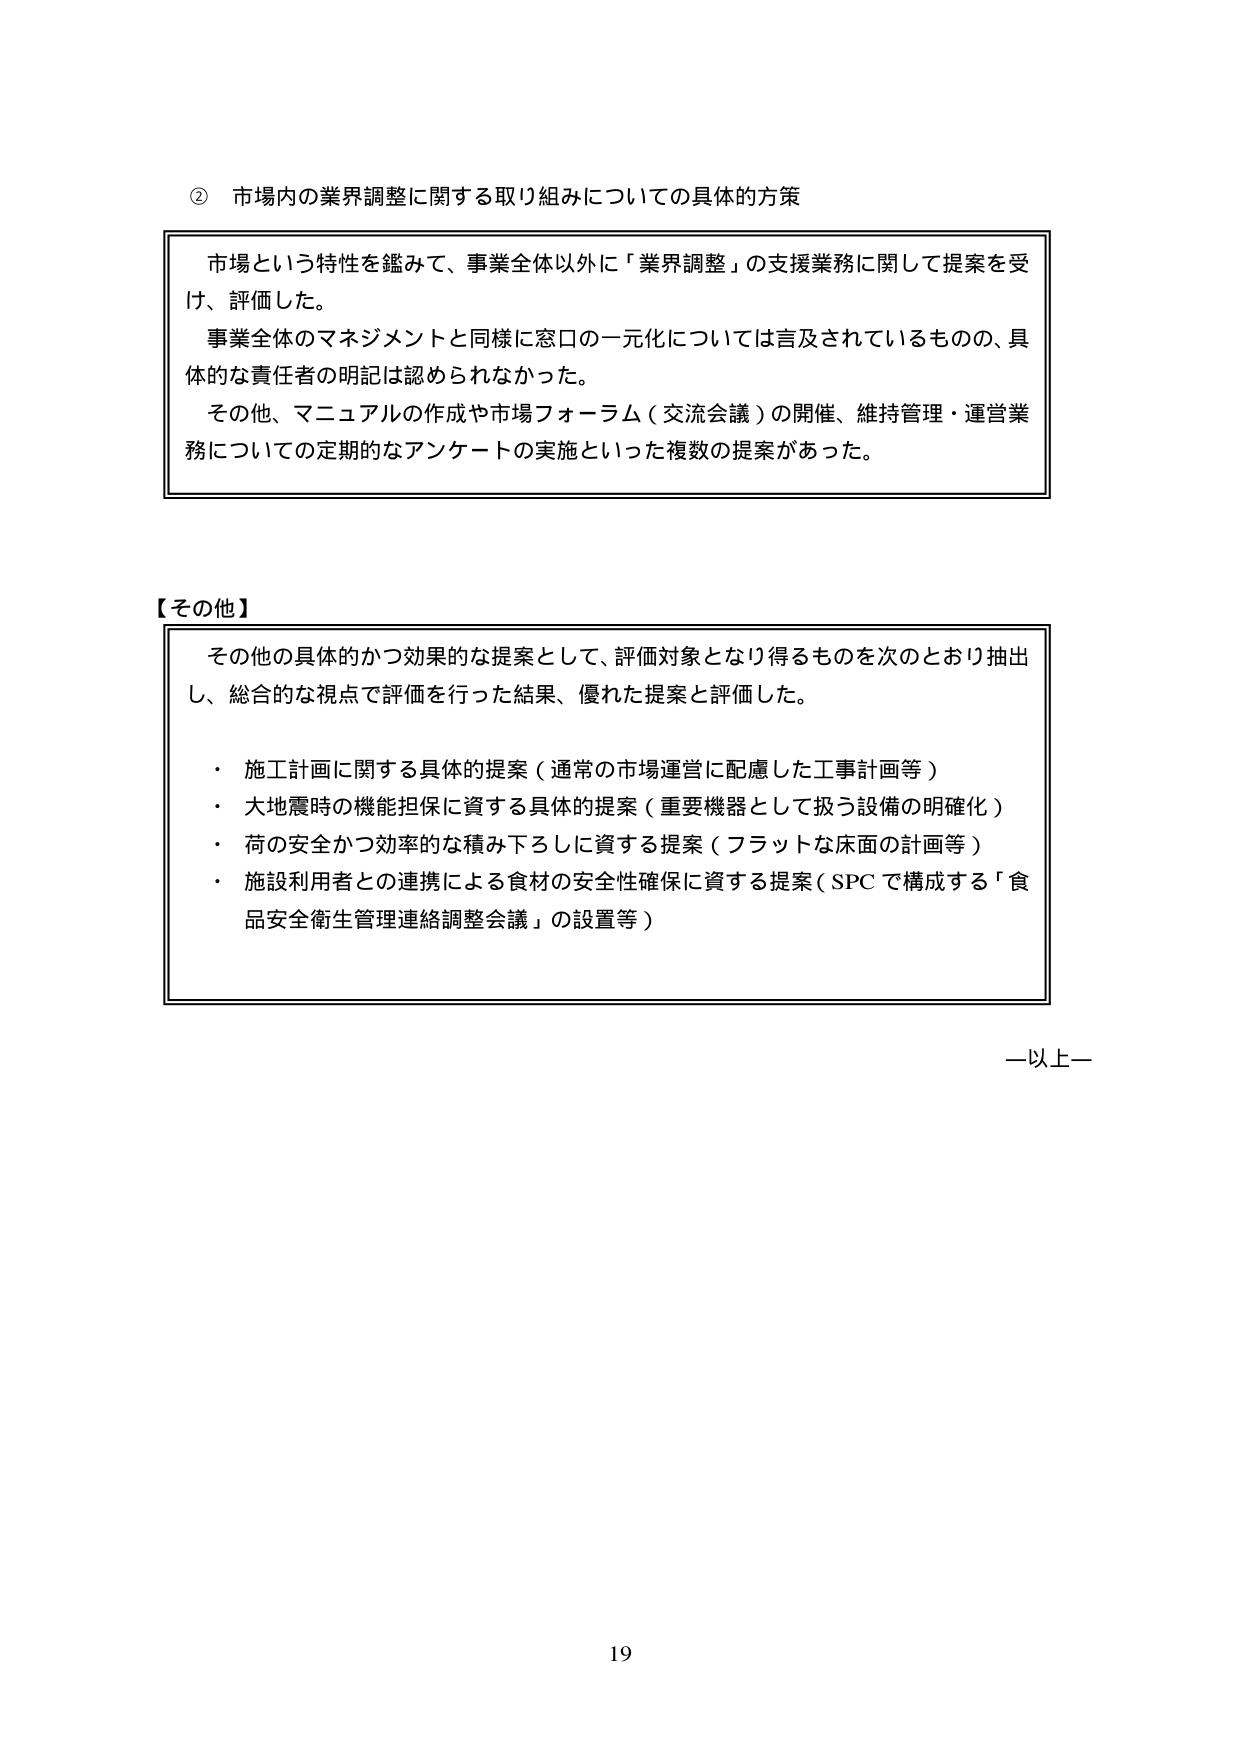
② 市場内の業界調整に関する取り組みについての具体的方策

市場という特性を鑑みて、事業全体以外に「業界調整」の支援業務に関して提案を受け、評価した。
事業全体のマネジメントと同様に窓口の一元化については言及されているものの、具体的な責任者の明記は認められなかった。
その他、マニュアルの作成や市場フォーラム（交流会議）の開催、維持管理・運営業務についての定期的なアンケートの実施といった複数の提案があった。

【その他】
その他の具体的かつ効果的な提案として、評価対象となり得るものを次のとおり抽出し、総合的な視点で評価を行った結果、優れた提案と評価した。
・ 施工計画に関する具体的提案（通常の市場運営に配慮した工事計画等）
・ 大地震時の機能担保に資する具体的提案（重要機器として扱う設備の明確化）
・ 荷の安全かつ効率的な積み下ろしに資する提案（フラットな床面の計画等）
・ 施設利用者との連携による食材の安全性確保に資する提案（SPCで構成する「食品安全衛生管理連絡調整会議」の設置等）

—以上—

19